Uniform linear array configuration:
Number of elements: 12
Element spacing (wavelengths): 0.5
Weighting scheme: uniform
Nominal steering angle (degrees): -30
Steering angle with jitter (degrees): -31.424
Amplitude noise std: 0.05
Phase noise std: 0.05

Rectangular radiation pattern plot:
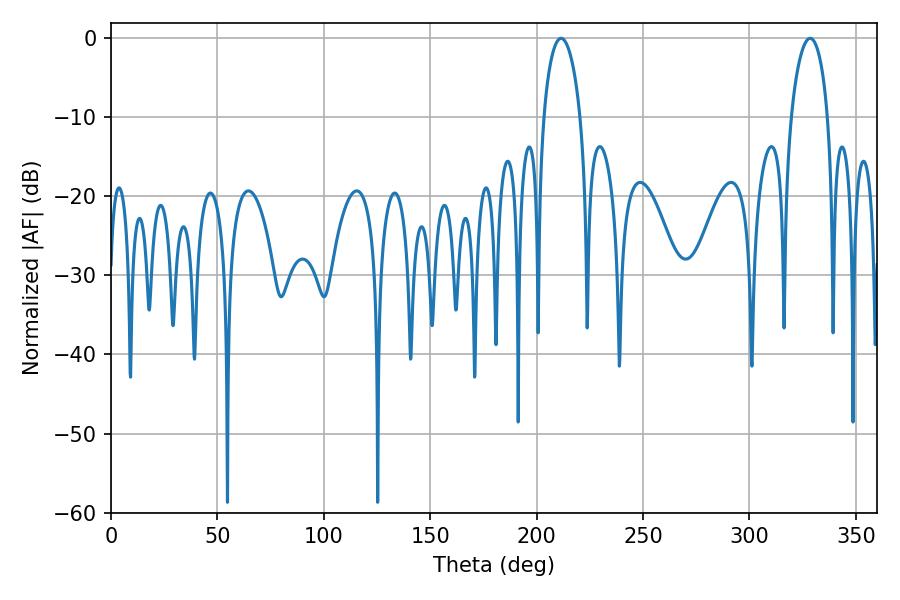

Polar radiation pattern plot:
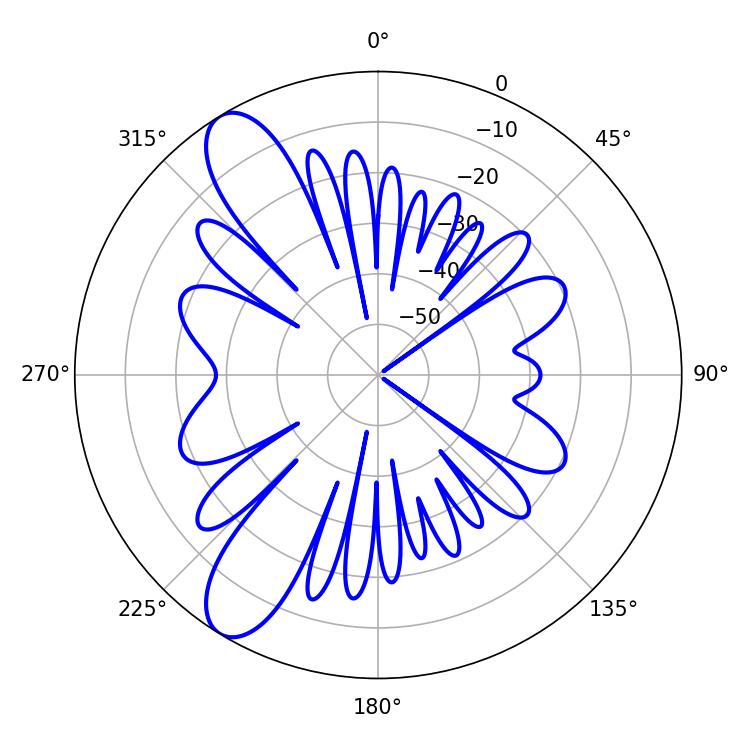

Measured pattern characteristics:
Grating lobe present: FALSE
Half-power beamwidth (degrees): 9.9
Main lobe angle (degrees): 211.5